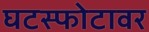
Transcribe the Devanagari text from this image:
घटस्फोटावर